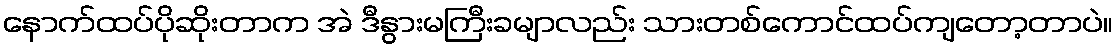
နောက်ထပ်ပိုဆိုးတာက အဲ ဒီနွားမကြီးခမျာလည်း သားတစ်ကောင်ထပ်ကျတော့တာပဲ။